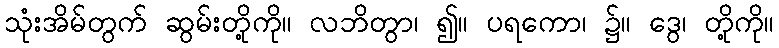
သုံးအိမ်တွက် ဆွမ်းတို့ကို။ လဘိတွာ၊ ၍။ ပရကော၊ ၌။ ဒွေ၊ တို့ကို။